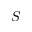
S